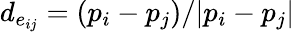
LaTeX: d_{e_{ij}}=(p_{i}-p_{j})/|p_{i}-p_{j}|